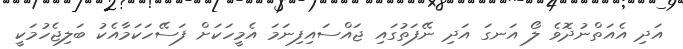
އަދި އެއަތްނުދޮވެ ލޯ އަނގަ އަދި ނޭފަތުގައި ޖައްސައިފިނަމަ އެމީހަކަށް ފަސޭހަކަމާއެކު ބަލިޖެހުމަކީ